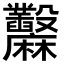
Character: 𪎲